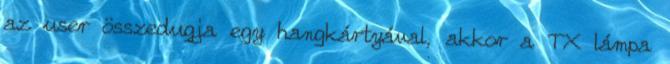
az user összedugja egy hangkártyával, akkor a TX lámpa